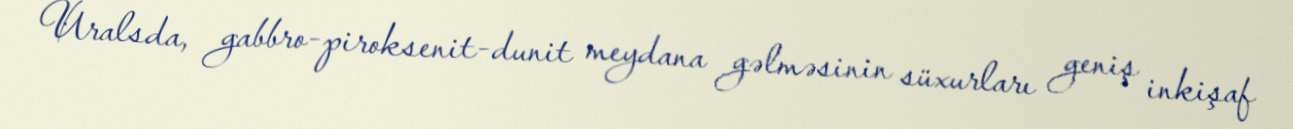
Uralsda, gabbro-piroksenit-dunit meydana gəlməsinin süxurları geniş inkişaf